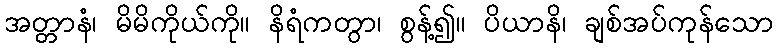
အတ္တာနံ၊ မိမိကိုယ်ကို။ နိရံကတွာ၊ စွန့်၍။ ပိယာနိ၊ ချစ်အပ်ကုန်သော